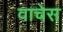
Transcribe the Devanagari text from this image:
वाचेस